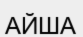
АЙША